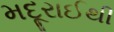
મદૂરાઈથી